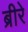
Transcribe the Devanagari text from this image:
ब्रीरे